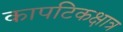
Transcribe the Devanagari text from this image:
कापटिकक्षात्र